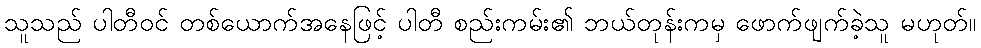
သူသည် ပါတီဝင် တစ်ယောက်အနေဖြင့် ပါတီ စည်းကမ်း၏ ဘယ်တုန်းကမှ ဖောက်ဖျက်ခဲ့သူ မဟုတ်။